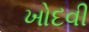
ખોદવી